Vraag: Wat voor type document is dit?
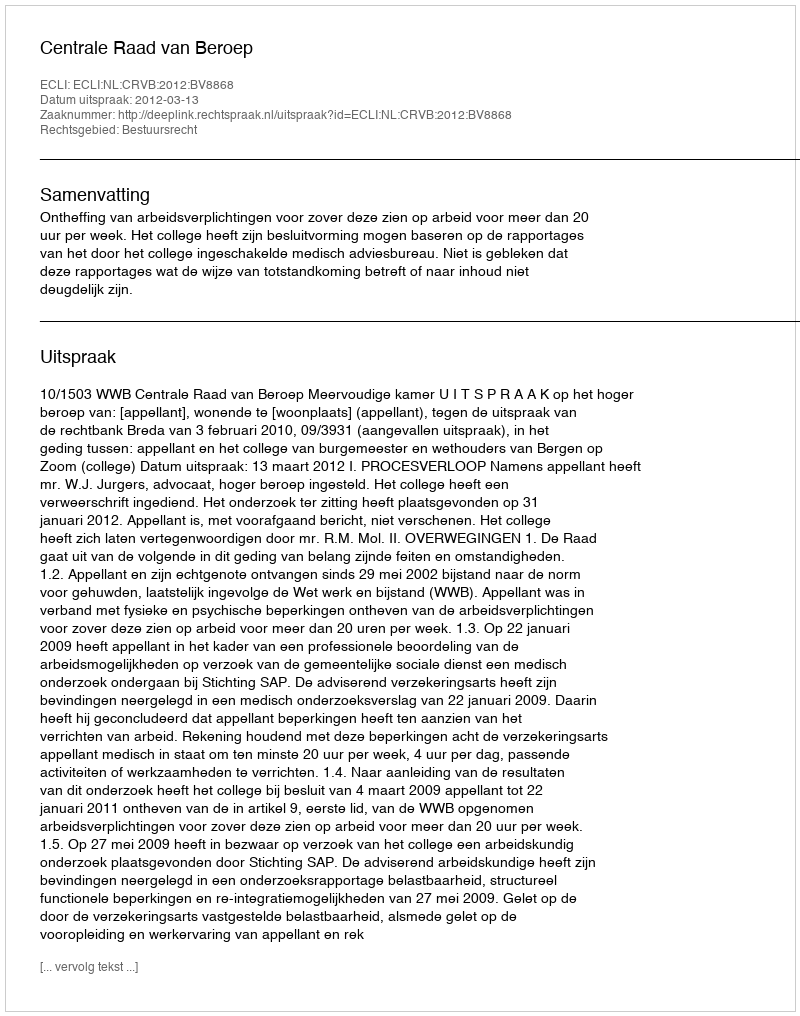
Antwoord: Uitspraak